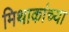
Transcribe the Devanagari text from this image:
मिथाकांच्या